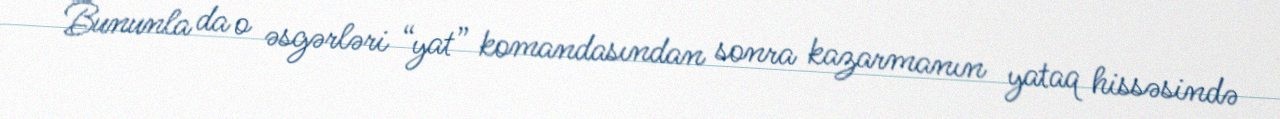
Bununla da o əsgərləri “yat” komandasından sonra kazarmanın yataq hissəsində